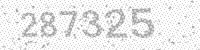
Solution: 287325